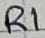
Text: R1